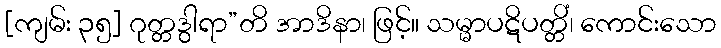
[ကျမ်း ၃၅] ဂုတ္တဒွါရာ”တိ အာဒိနာ၊ ဖြင့်။ သမ္မာပဋိပတ္တိံ၊ ကောင်းသော